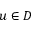
u \in D